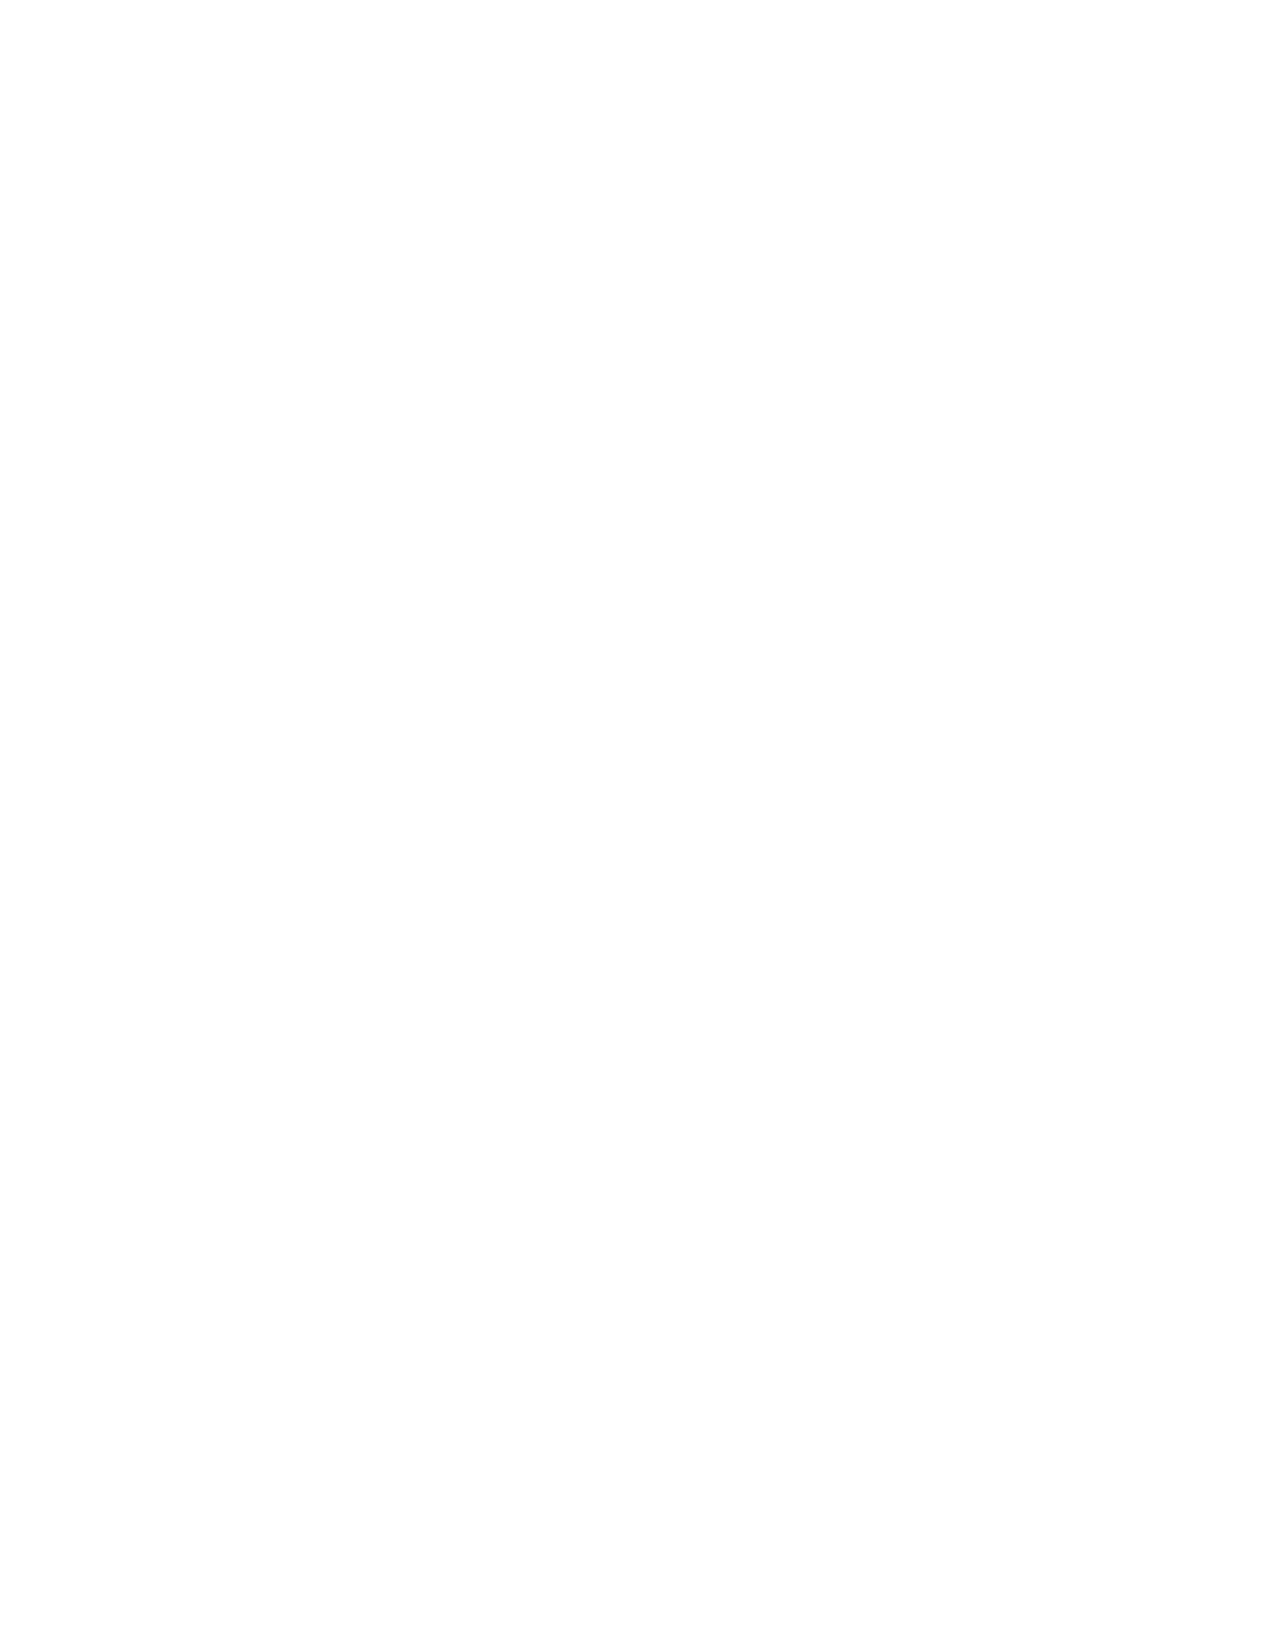
Curo Health Services                            Program/Service Operations
 (8)  Coroners, Funeral Directors, and Organ Donation: We may disclose
 personal health information to a coroner or medical examiner for identification
 purposes, determining cause of death or for the coroner or medical examiner to
 perform other duties authorized by law. We may also disclose personal health
 information to a funeral director, as authorized by law, in order to permit the
 funeral director to carry out their duties. We may disclose such information in
 reasonable anticipation of death. Personal health information may also be used
 and disclosed for cadaveric organ, eye or tissue donation purposes.
 (9)  Research: We may disclose your personal health information to researchers
 when their research has been approved by an institutional review board or
 appropriate privacy board that has reviewed the research proposal and
 established protocols to ensure the privacy of your personal health information.
 (10) Criminal Activity: Consistent with applicable federal and state laws, we may
 disclose your personal health information if we believe that the use or
 disclosure is necessary to prevent or lessen a serious and imminent threat to
 the health or safety of a person or the public. We may also disclose personal
 health information if it is necessary for law enforcement authorities to identify or
 apprehend an individual.
 (11) Military Activity and National Security: When the appropriate conditions
 apply, we may use or disclose personal health information of individuals who
 are Armed Forces personnel (1) for activities deemed necessary by appropriate
 military command authorities; (2) for the purpose of a determination by the
 Department of Veterans Affairs of your eligibility for benefits, or (3) to foreign
 military authority if you are a member of that foreign military services. We may
 also disclose your personal health information to authorized federal officials for
 conducting national security and intelligence activities, including for the
 provision of protective services to the President or others legally authorized.
 (12) Workers’ Compensation: Your personal health information may be disclosed
 by us as authorized to comply with workers’ compensation laws and other
 similar legally-established programs.
 (13) Inmates: We may use or disclose your personal health information if you are
 an inmate of a correctional facility, your physician created or received your
 personal health information in the course of providing care to you and the
 disclosure of the information is necessary for your care, the health and safety of
 other inmates or correctional personnel or the administration of the correctional
 facility.
 E.   Required Uses and Disclosures: We are required by law to make disclosures to you
 upon request. We are also required to make disclosures of your personal health information when
 required by the Secretary of the Department of Health and Human Services to investigate or
 determine our compliance with the requirements of the federal privacy requirements.
 F.   Use of Personal Health Information for Fundraising: We may contact you about
 fundraising activities for our organization; however, you have the right to opt out of receiving such
 fundraising communications from us at any time.
 5